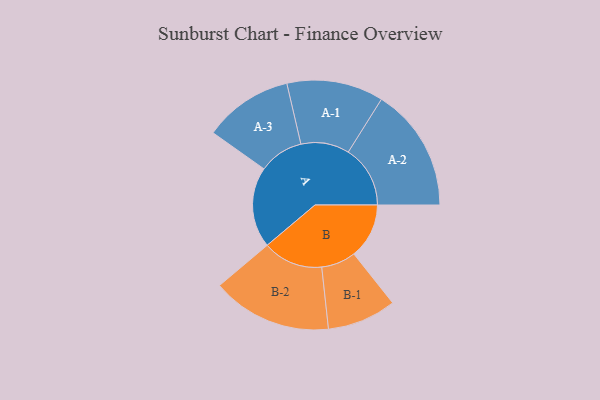
{"axis": {"x": "Segment", "y": "Value"}, "legend": ["", "A", "B"], "data": [{"x": "A", "y": 297, "type": ""}, {"x": "B", "y": 203, "type": ""}, {"x": "A-1", "y": 178, "type": "A"}, {"x": "A-2", "y": 228, "type": "A"}, {"x": "A-3", "y": 164, "type": "A"}, {"x": "B-1", "y": 127, "type": "B"}, {"x": "B-2", "y": 221, "type": "B"}]}